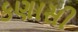
કણાસી